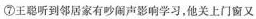
⑦王聪听到邻居家有吵闹声影响学习，他关上门窗又